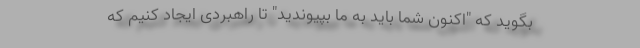
بگوید که "اکنون شما باید به ما بپیوندید" تا راهبردی ایجاد کنیم که